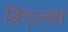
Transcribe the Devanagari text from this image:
बिएल्सा